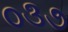
૦૩૭